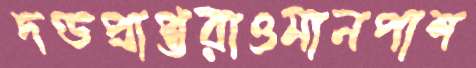
দণ্ডপ্রাপ্তরাওমানপাশ